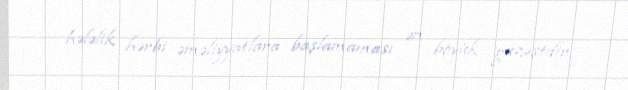
hələlik hərbi əməliyyatlara başlamaması ən böyük güzəştdir.